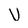
Character: U